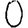
Digit: 0